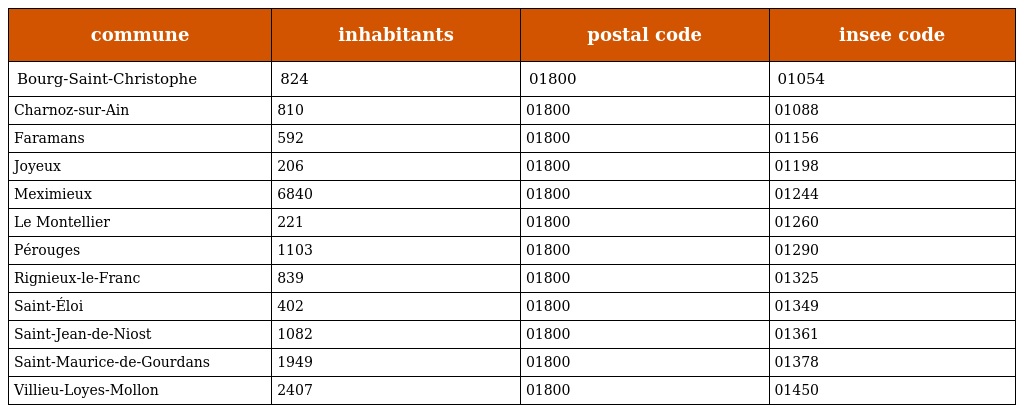
| commune | inhabitants | postal code | insee code |
 | --- | --- | --- | --- |
 | Bourg-Saint-Christophe | 824 | 01800 | 01054 |
 | Charnoz-sur-Ain | 810 | 01800 | 01088 |
 | Faramans | 592 | 01800 | 01156 |
 | Joyeux | 206 | 01800 | 01198 |
 | Meximieux | 6840 | 01800 | 01244 |
 | Le Montellier | 221 | 01800 | 01260 |
 | Pérouges | 1103 | 01800 | 01290 |
 | Rignieux-le-Franc | 839 | 01800 | 01325 |
 | Saint-Éloi | 402 | 01800 | 01349 |
 | Saint-Jean-de-Niost | 1082 | 01800 | 01361 |
 | Saint-Maurice-de-Gourdans | 1949 | 01800 | 01378 |
 | Villieu-Loyes-Mollon | 2407 | 01800 | 01450 |